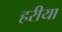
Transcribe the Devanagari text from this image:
हरीया